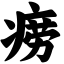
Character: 痨